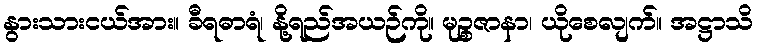
နွားသားငယ်အား။ ခီရဓာရံ၊ နို့ရည်အယဉ်ကို။ မုဉ္စဇာနာ၊ ယိုစေလျက်။ အဋ္ဌာသိ